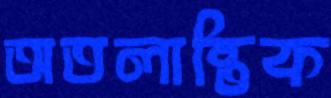
অতলান্তিক